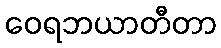
ဝေရဘယာတီတာ